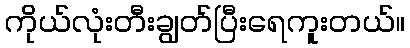
ကိုယ်လုံးတီးချွတ်ပြီးရေကူးတယ်။